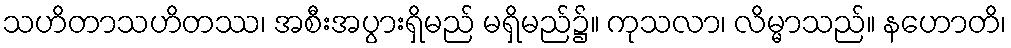
သဟိတာသဟိတဿ၊ အစီးအပွားရှိမည် မရှိမည်၌။ ကုသလာ၊ လိမ္မာသည်။ နဟောတိ၊